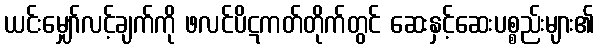
ယင်းမျှော်လင့်ချက်ကို ဖလင်ပိဋကတ်တိုက်တွင် ဆေးနှင့်ဆေးပစ္စည်းများ၏